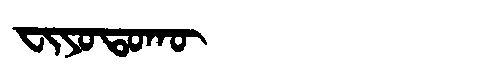
Manchu: ᠸᡳᠶᠣᡨᠣᡴᡡ
Romanization: FIYOTOKŪ